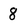
Character: 8